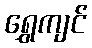
ရွှေကျင်